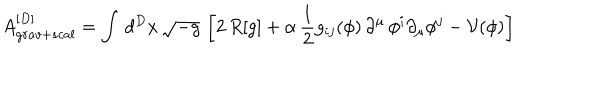
LaTeX: A _ { g r a v + s c a l } ^ { [ D ] } = \int \, d ^ { D } x \, \sqrt { - g } \, \left[ 2 \, R [ g ] + \alpha \, \frac { 1 } { 2 } g _ { i j } ( \phi ) \, \partial ^ { \mu } \, \phi ^ { i } \partial _ { \mu } \phi ^ { j } - \mathcal { V } ( \phi ) \right]